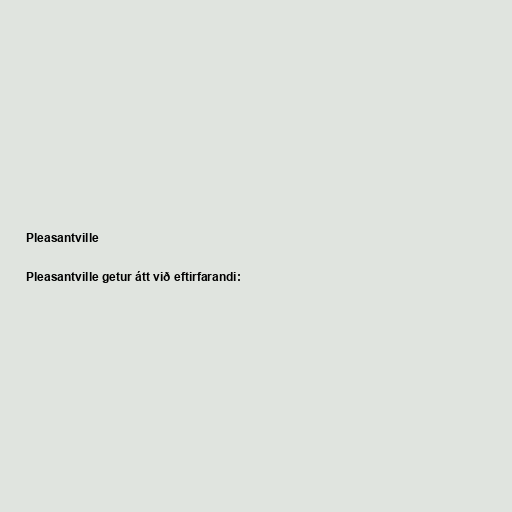
Pleasantville

Pleasantville getur átt við eftirfarandi: